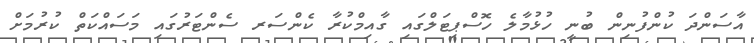
އާސަންދަ ކުންފުނިން ބުނީ ހުޅުމާލެ ހޮސްޕިޓަލްގައި ގާއިމްކުރާ ކެންސަރ ސެންޓަރުގައި މަސައްކަތް ކުރުމަށް